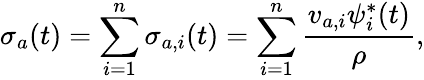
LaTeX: \sigma_{a}(t)=\sum_{i=1}^{n}\sigma_{a,i}(t)=\sum_{i=1}^{n}\frac{v_{a,i}\psi_{i}^{*}(t)}{\rho},